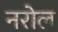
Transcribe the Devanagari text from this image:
नरोल